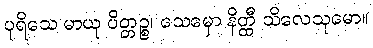
ပုရိသေ မာယု ပိတ္တဉ္စ၊ သေမှော နိတ္ထီ သိလေသုမော။